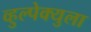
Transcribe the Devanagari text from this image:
व्हुल्पेक्युला